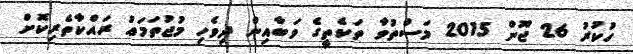
ހުކުރު 26 ޖޫން 2015 މަސްތުވާ ތަކެތީގެ ވަބާއިން ދިވެހި މުޖުތަމަޢު ރައްކާތެރިކޮށް